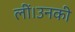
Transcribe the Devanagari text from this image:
लीं।उनकी